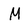
Character: M